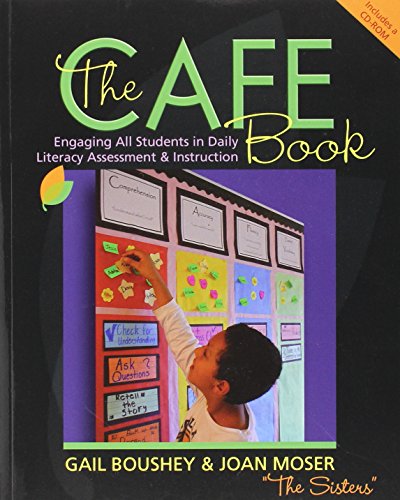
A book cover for The CAFE Book: Engaging All Students in Daily Literary Assessment and Instruction; Gail Boushey; Education & Teaching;